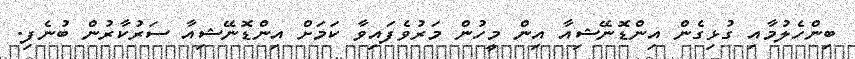
ބިންހެލުމާއި ގުޅިގެން އިންޑޮނޭޝިއާ އިން މީހުން މަރުވެފައިވާ ކަމަށް އިންޑޮނޭޝިއާ ސަރުކާރުން ބުނެފި.